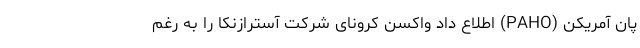
پان آمریکن (PAHO) اطلاع داد واکسن کرونای شرکت آسترازنکا را به رغم